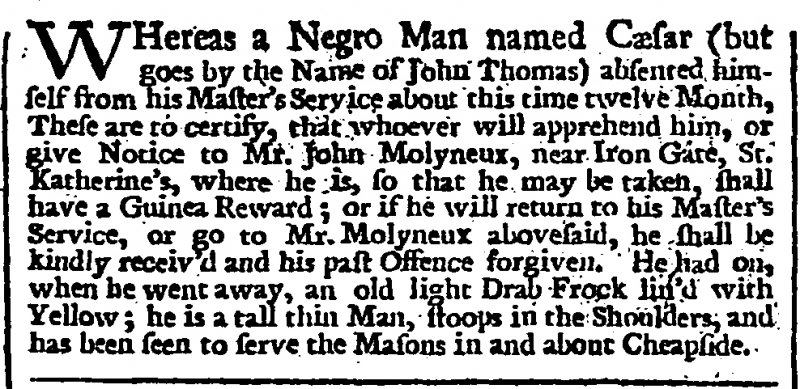
London Evening Post, 2 October 1735 (England)
WHereas a Negro Man named Caesar (but goes by the Name of John Thomas) absented himself from his Master's Service about this time twelve Month, These are to certify, that whoever will apprehend him, or give Notice to Mr. John Molyneux, near Iron Gate, St. Katherine’s, where he is, so that he may be taken, shall have a Guinea Reward; or if he will return to his Master’s Service, or go to Mr. Molyneux abovesaid, he shall be kindly receiv’d and his past Offence forgiven. He had on, when he went away, an old light Drab Frock lin’d with Yellow; he is a tall thin Man, stoops in the Shoulders, and has been seen to serve the Masons in about Cheapside.